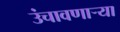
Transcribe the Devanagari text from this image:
उंचावणार्‍या